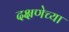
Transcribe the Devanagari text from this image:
दक्षणेच्या